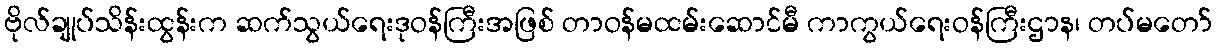
ဗိုလ်ချုပ်သိန်းထွန်းက ဆက်သွယ်ရေးဒုဝန်ကြီးအဖြစ် တာဝန်မထမ်းဆောင်မီ ကာကွယ်ရေးဝန်ကြီးဌာန၊ တပ်မတော်